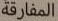
المفارقة